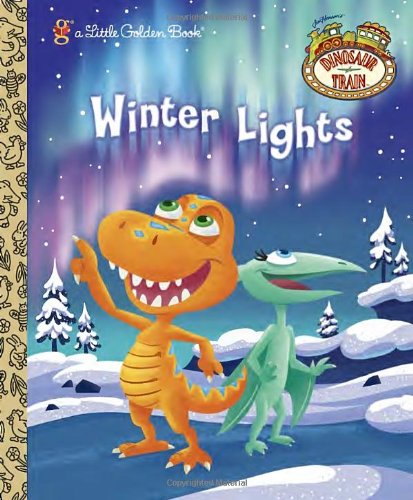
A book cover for Winter Lights (Dinosaur Train) (Little Golden Book); Andrea Posner-Sanchez; Children's Books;